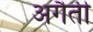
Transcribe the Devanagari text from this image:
अगैती